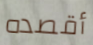
أقصده